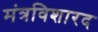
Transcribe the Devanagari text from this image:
मंत्रविशारद